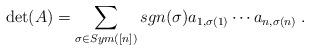
LaTeX: \begin{align*} \det(A) = \sum_{\sigma \in Sym([n])} sgn(\sigma)a_{1,\sigma(1)}\cdots a_{n,\sigma(n)}\;. \end{align*}